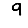
Digit: 9